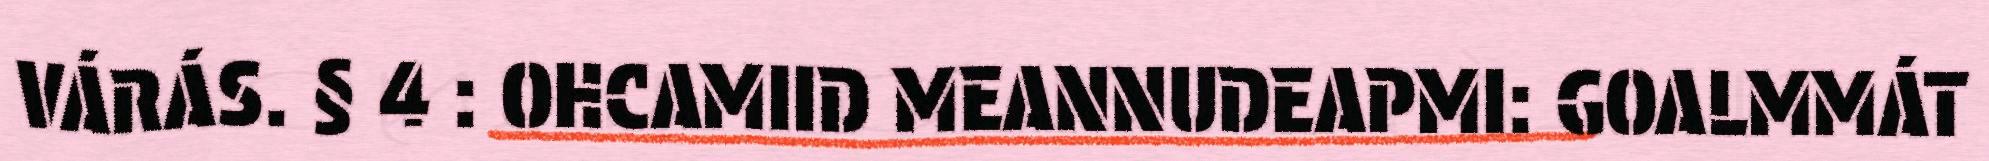
VÁRÁS. § 4 : OHCAMIID MEANNUDEAPMI: GOALMMÁT